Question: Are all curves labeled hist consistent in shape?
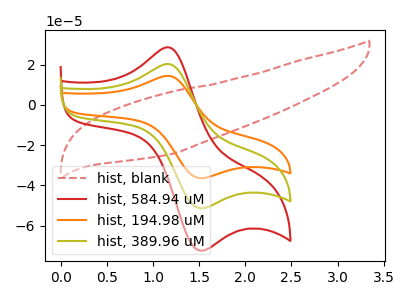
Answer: <think>The red dashed curve "hist, blank" has no peaks. The red curve "hist, 584.94 uM" has an anodic peak at (1.15V, 40.55uA) and a cathodic peak at (1.50V, -102.20uA). The orange curve "hist, 194.98 uM" has an anodic peak at (1.15V, 14.40uA) and a cathodic peak at (1.50V, -36.25uA). The olive curve "hist, 389.96 uM" has an anodic peak at (1.15V, 20.25uA) and a cathodic peak at (1.50V, -51.10uA).
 "hist, blank" and "hist, 584.94 uM" have a different number of peaks. "hist, blank" and "hist, 194.98 uM" have a different number of peaks. "hist, blank" and "hist, 389.96 uM" have a different number of peaks. All the peaks in "hist, 584.94 uM" have a peak in "hist, 194.98 uM" at the same potential. Every peak in "hist, 584.94 uM" is higher than every peak in "hist, 194.98 uM". All the peaks in "hist, 584.94 uM" have a peak in "hist, 389.96 uM" at the same potential. Every peak in "hist, 584.94 uM" is higher than every peak in "hist, 389.96 uM". All the peaks in "hist, 194.98 uM" have a peak in "hist, 389.96 uM" at the same potential. Every peak in "hist, 194.98 uM" is lower than every peak in "hist, 389.96 uM".</think>
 <answer>All the CV's of "hist" have similar shape.</answer>
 <eval>follow_rule</eval>